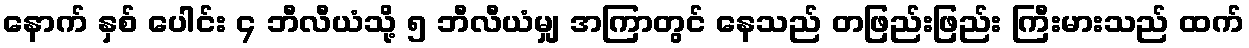
နောက် နှစ် ပေါင်း ၄ ဘီလီယံသို့ ၅ ဘီလီယံမျှ အကြာတွင် နေသည် တဖြည်းဖြည်း ကြီးမားသည် ထက်